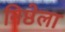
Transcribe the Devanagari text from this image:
निष्ठेला